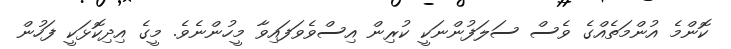
ކޮންމެ އުންމަތެއްގެ ވެސް ސަލަފުންނަކީ ކުރިން އިސްވެވަފައިވާ މީހުންނެވެ. މީގެ އިދިކޮޅަކީ ފަހުން